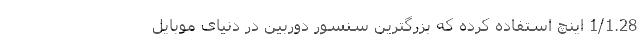
1/1.28 اینچ استفاده کرده که بزرگترین سنسور دوربین در دنیای موبایل